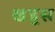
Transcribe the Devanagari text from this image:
खडूस